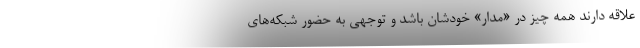
علاقه دارند همه چیز در «مدار» خودشان باشد و توجهی به حضور شبکه‌های